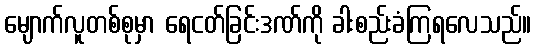
မျောက်လူတစ်စုမှာ ရေငတ်ခြင်းဒဏ်ကို ခါးစည်းခံကြရလေသည်။